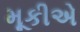
મૂકીએ